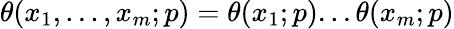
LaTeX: \displaystyle\theta(x_{1},...,x_{m};p)=\theta(x_{1};p)...\theta(x_{m};p)